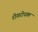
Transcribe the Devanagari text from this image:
रोगरोधक